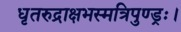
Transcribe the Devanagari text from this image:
धृतरुद्राक्षभस्मत्रिपुण्ड्रः।